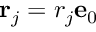
\mathbf { r } _ { j } = r _ { j } \mathbf { e } _ { 0 }